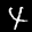
Label: 4